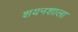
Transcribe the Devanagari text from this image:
शयनशाला